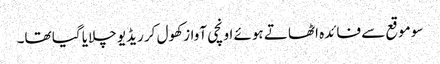
سو موقع سے فائدہ اٹھاتے ہوئے اونچی آواز کھول کر ریڈیو چلایا گیا تھا۔